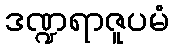
ဒဏ္ဍရာဇူပမံ